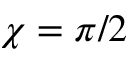
\chi = \pi / 2